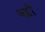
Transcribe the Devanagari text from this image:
धड़ी